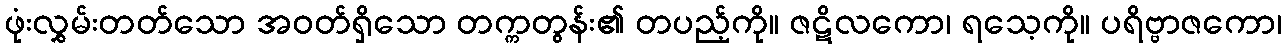
ဖုံးလွှမ်းတတ်သော အဝတ်ရှိသော တက္ကတွန်း၏ တပည့်ကို။ ဇဋိလကော၊ ရသေ့ကို။ ပရိဗ္ဗာဇကော၊